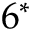
6 ^ { * }